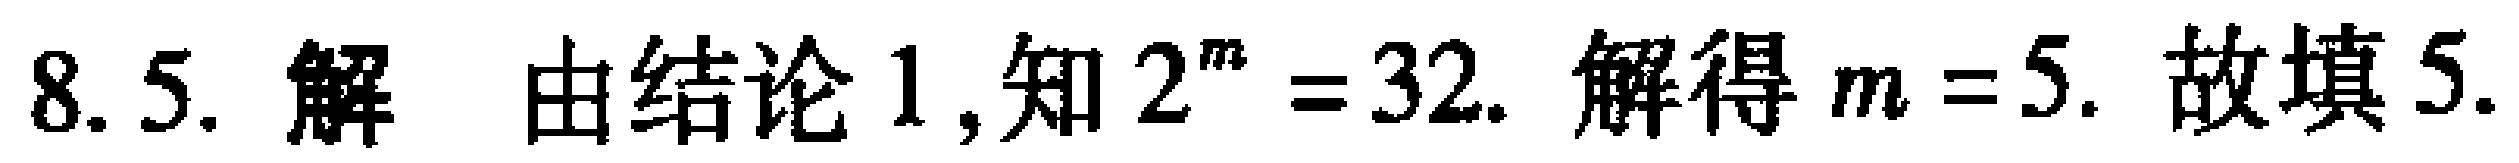
8. 5. 解 由结论1,知 \(2^{m}=32\). 解得 \(m = 5\). 故填5.